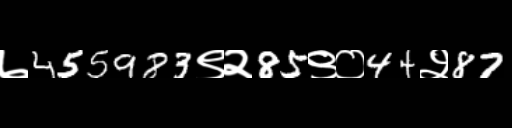
Text: ७455983९२85९०44२87